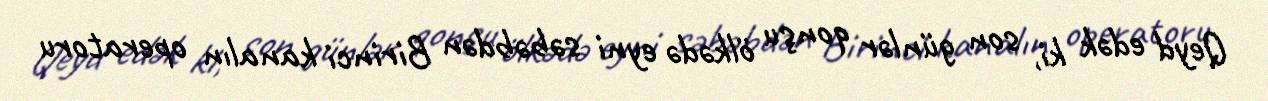
Qeyd edək ki, son günlər qonşu ölkədə eyni səbəbdən Birinci kanalın operatoru